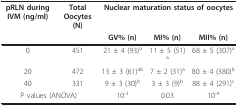
<table><thead><tr><td><b>pRLN during IVM (ng/ml)</b></td><td><b>Total Oocytes (N)</b></td><td colspan="3"><b>Nuclear maturation status of oocytes</b></td></tr><tr><td></td><td></td><td><b>GV% (n)</b></td><td><b>MI% (n)</b></td><td><b>MII% (n)</b></td></tr></thead><tbody><tr><td>0</td><td>451</td><td>21 ± 4 (93)<sup>a</sup></td><td>11 ± 5 (51)<sup>a</sup></td><td>68 ± 5 (307)<sup>a</sup></td></tr><tr><td>20</td><td>472</td><td>13 ± 3 (61)<sup>ab</sup></td><td>7 ± 2 (31)<sup>a</sup></td><td>80 ± 4 (380)<sup>b</sup></td></tr><tr><td>40</td><td>331</td><td>9 ± 3 (30)<sup>b</sup></td><td>3 ± 3 (9)<sup>b</sup></td><td>88 ± 4 (291)<sup>c</sup></td></tr><tr><td colspan="2">P values (ANOVA)</td><td>10<sup>-3</sup></td><td>0.03</td><td>10<sup>-4</sup></td></tr></tbody></table>